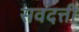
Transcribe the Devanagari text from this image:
सवदत्ती